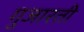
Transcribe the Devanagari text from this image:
गुजारती